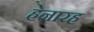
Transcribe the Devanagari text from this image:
ह्रेनारह